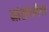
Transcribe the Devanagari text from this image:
मांसपेशीगत